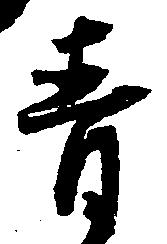
青